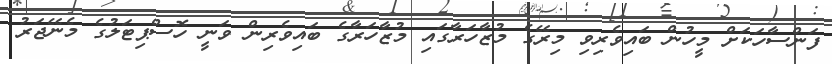
ފަންސާހަކަށް މީހުން ބައިވެރިވި މިރޭގެ މުޒާހަރާގައި މުޒާހަރާގެ ބައިވެރިން ވަނީ ހޮސްޕިޓަލުގެ މެނޭޖަރު